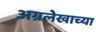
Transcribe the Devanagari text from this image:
अग्रलेखाच्या